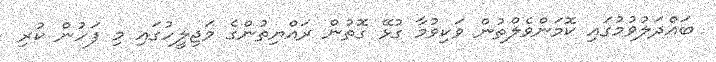
ބައްދަލުވުމުގައި ކޮމަންވެލްތުން ވަކިވުމާ ގުޅޭ ގޮތުން ރައްޔިތުންގެ މަޖިލީހުގައި މި ފަހުން ކުރި